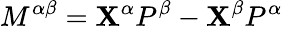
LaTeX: M^{\alpha\beta}=\mathbf{X}^{\alpha}P^{\beta}-\mathbf{X}^{\beta}P^{\alpha}